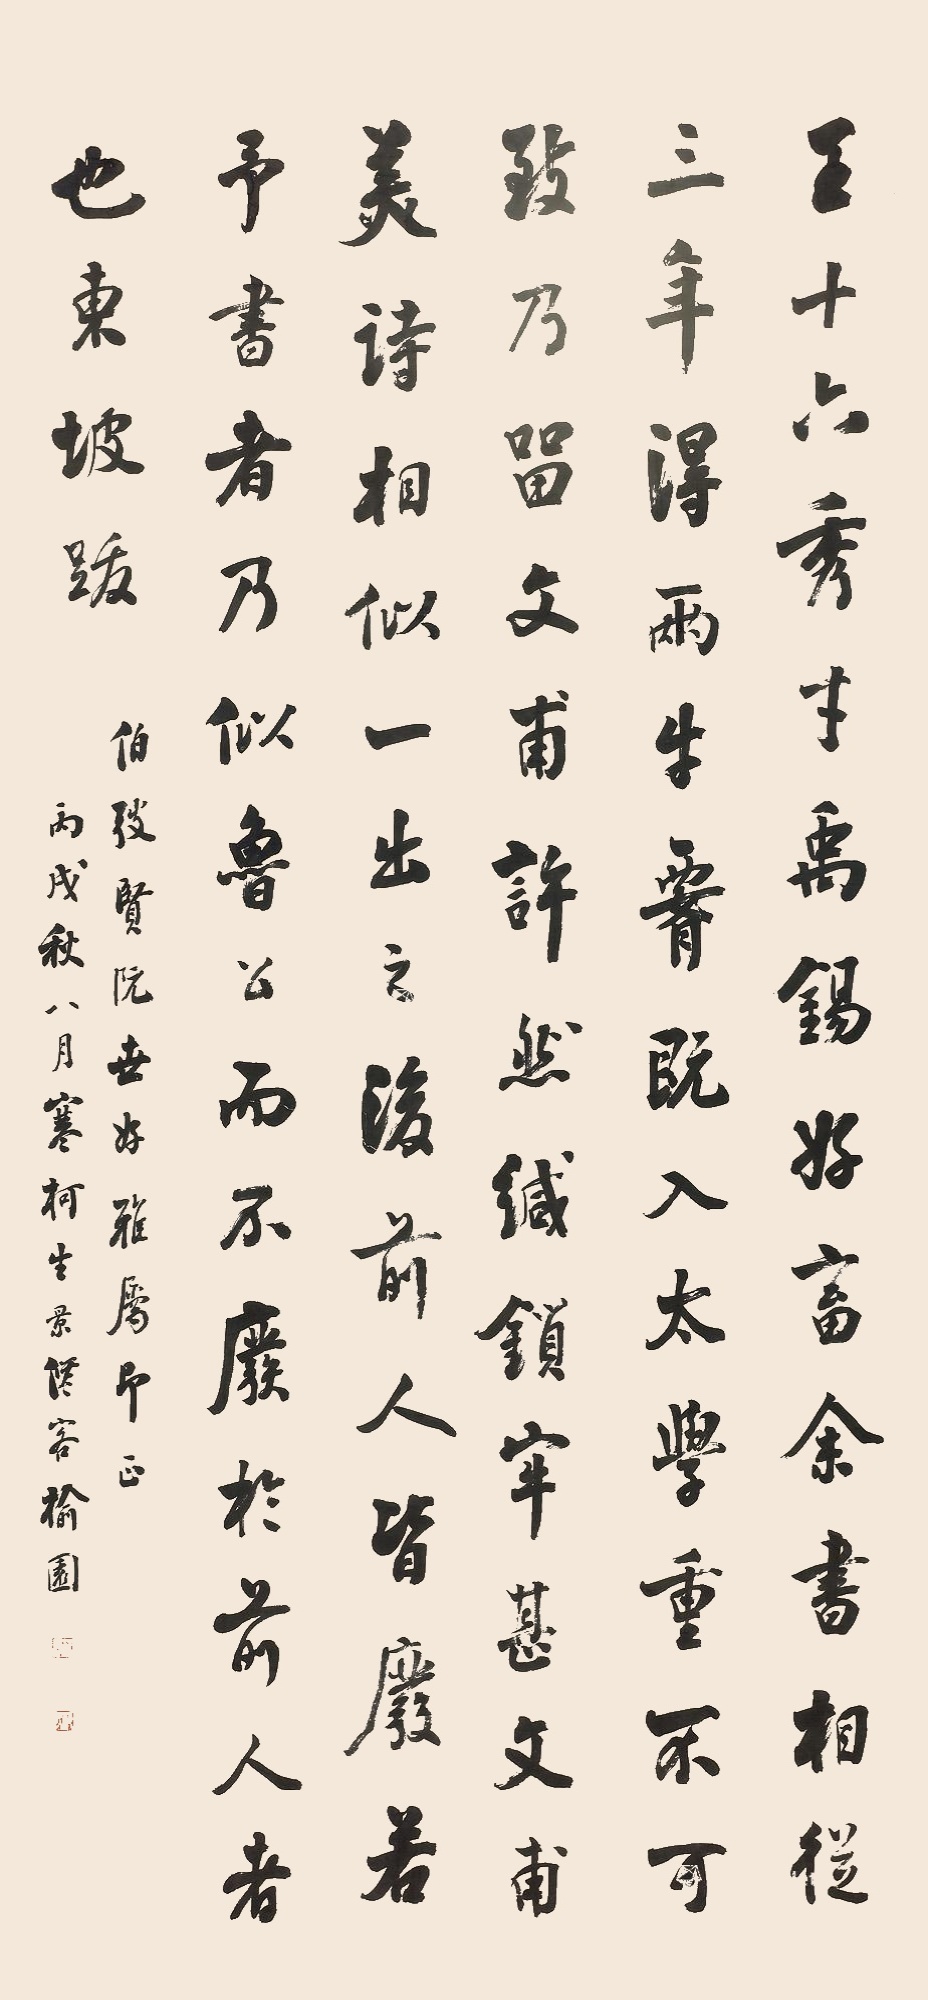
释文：王十六秀才禹锡，好畜余书，相从三年，得两牛腰，既入太学，重不可致，乃留文甫许，然缄所牢甚，文甫。（公书与杜子）美诗相似，一出之后，前人皆废。若予书者，乃似鲁公而不废前人者也。伯弢贤阮世好雅属即正，丙戌秋八月寒柯生景修客榆园。